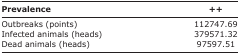
<table><thead><tr><td><b>Prevalence</b></td><td><b>++</b></td></tr></thead><tbody><tr><td>Outbreaks (points)</td><td>112747.69</td></tr><tr><td>Infected animals (heads)</td><td>379571.32</td></tr><tr><td>Dead animals (heads)</td><td>97597.51</td></tr></tbody></table>